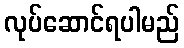
လုပ်ဆောင်ရပါမည်